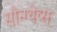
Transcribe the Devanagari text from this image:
सौन्ग्थेव्स